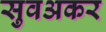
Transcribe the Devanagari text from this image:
सुवअकर